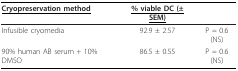
<table><thead><tr><td><b><underline>Cryopreservation method</underline></b></td><td><b><underline>% viable DC (± SEM)</underline></b></td><td></td></tr></thead><tbody><tr><td>Infusible cryomedia</td><td>92.9 ± 2.57</td><td>P = 0.6 (NS)</td></tr><tr><td>90% human AB serum + 10% DMSO</td><td>86.5 ± 0.55</td><td>P = 0.6 (NS)</td></tr></tbody></table>